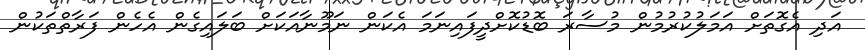
އަދި އެގޮތަށް އަމަލުކުރުމުން މުސާރަ ބޮޑުކޮށްދީފައިނަމަ އެކަން ނަމޫނާއަކަށް ބަލައިގެން އެހެން ފަރާތްތަކުން